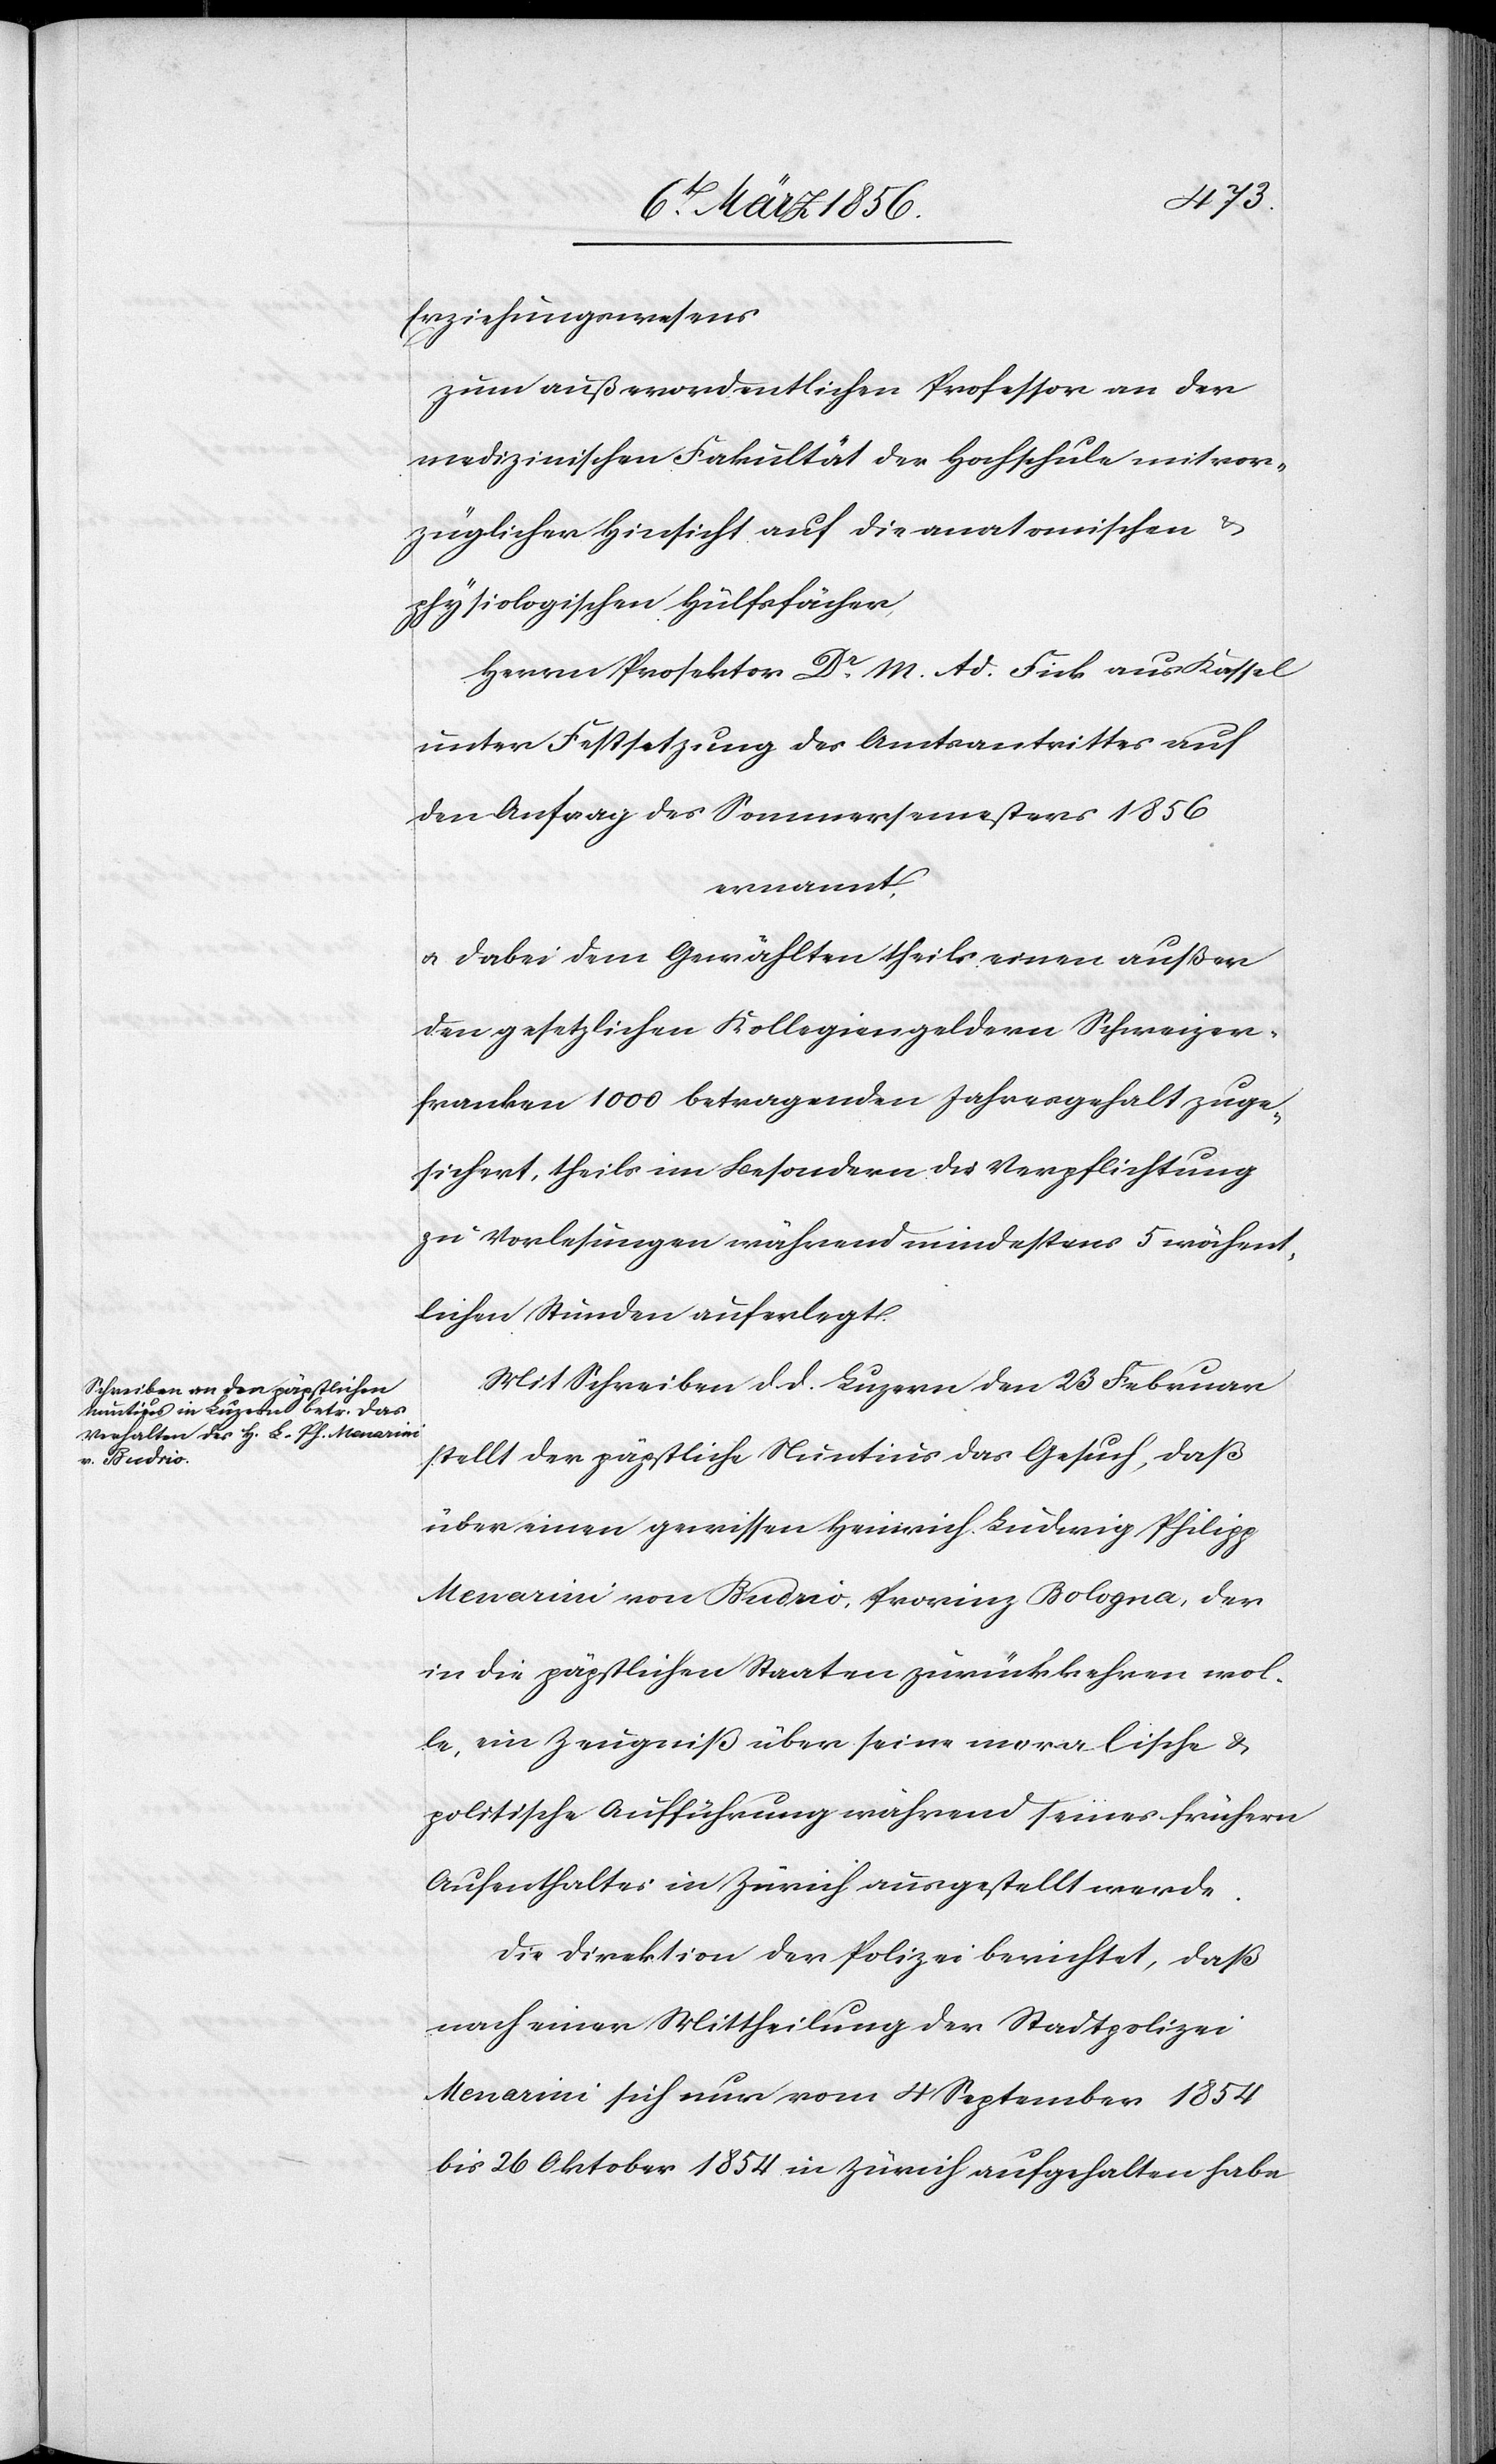
Erziehungswesens
zum außerordentlichen Professor an der
medizinischen Fakultät der Hochschule mit vor¬
züglicher Hinsicht auf die anatomischen &
physiologischen Hülfsfächer,
Herrn Prosektor Dr M. Ad. Fick aus Kassel
unter Festsetzung des Amtsantrittes auf
den Anfrag [sic!] des Sommersemesters 1856
ernannt.
u. dabei dem Gewählten theils einen außer
den gesetzlichen Kollegiengeldern Schweizer¬
franken 1000 betragenden Jahresgehalt zuge¬
sichert, theils im Besondern die Verpflichtung
zu Vorlesungen während mindestens 5 wöchent¬
lichen Stunden auferlegt.
Mit Schreiben d. d. Luzern den 23 Februar
stellt der päpstliche Nuntius das Gesuch, daß
über einen gewissen Heinrich Ludwig Philipp
Menarini von Budrio, Provinz Bologna, der
in die päpstlichen Staaten zurückkehren wol¬
le, ein Zeugniß über seine moralische &
politische Aufführung während seines frühern
Aufenthaltes in Zürich ausgestellt werde.
Die Direktion der Polizei berichtet, daß
nach einer Mittheilung der Stadtpolizei
Menarini sich nur vom 4 September 1854
bis 26 Oktober 1854 in Zürich aufgehalten habe